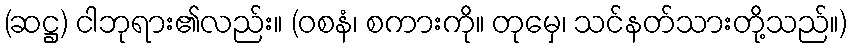
(ဆဋ္ဌ) ငါဘုရား၏လည်း။ (ဝစနံ၊ စကားကို။ တုမှေ၊ သင်နတ်သားတို့သည်။)